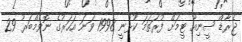
ޖެރާޑް ސީނިއާ ޓީމަށް ފުރަތަމަ ކުޅުނީ 1998 ވަނަ އަހަރުގެ ނޮވެމްބަރު 29